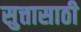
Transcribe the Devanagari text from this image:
सुत्तासाठी